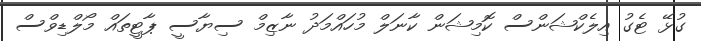
ގުޅޭ ޓެގު އިލެކްޝަންސް ކޮމިޝަން ކާނަލް މުހައްމަދު ނާޒިމް ސިޔާސީ ޕާޓީތައް މޯލްޑިވްސް